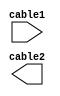
module puzzle1(
    input cable1,
    output cable2
    );
    reg data = 1'b0; //1-0 deerlerini alr.
    wire kablo = 1'b1;
     
     reg [7:0] dataVector1;
     wire [1:8] dataVector2;
     
     //array tanmlama
     reg[2:0] mem[0:1];
     initial begin
        mem[0]= 3'b111;
        mem[1]= 3'b101;
     end
     initial begin
        dataVector1 = 8'h05;  
     end
     assign     dataVector2 = 8'b0000_0101;
     
     // data veri tipi tanmlama
     //4'b1111      4 bit deeri 1111 unsigned binary
     // 8'b1011_0000     8 bit deeri 10110000  unsigned binary
     // 8'hFF     8 bit deeri 11111111  unsigned hexadecimal
     // 6'hA      6 bit deeri 001010  unsigned hexadecimal 
     // 'b1111    32 bit deeri 0000_000F  unsigned binary
     // 8'bZ      8 bit deeri ZZZZ_ZZZZ unsigned binary 
endmodule